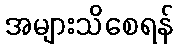
အများသိစေရန်